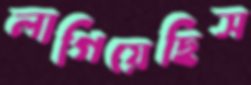
লাগিয়েছিস